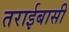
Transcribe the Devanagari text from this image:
तराईबासी